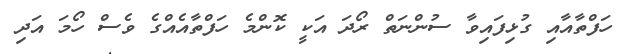
ހަފްތާއާއި ގުޅިފައިވާ ސުންނަތް ރޯދަ އަކީ ކޮންމެ ހަފްތާއެއްގެ ވެސް ހޯމަ އަދި